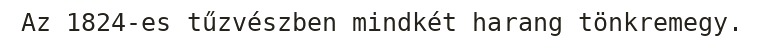
Az 1824-es tűzvészben mindkét harang tönkremegy.